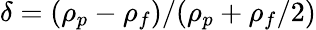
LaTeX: \delta=(\rho_{p}-\rho_{f})/(\rho_{p}+\rho_{f}/2)